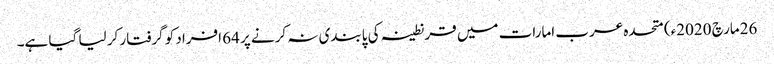
26مارچ 2020ء) متحدہ عرب امارات میں قرنطینہ کی پابندی نہ کرنے پر 64 افراد کو گرفتار کر لیا گیا ہے۔